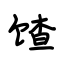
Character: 馇